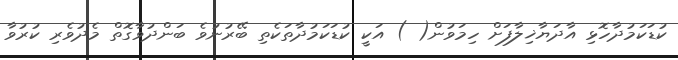
ކުޑަކަމުދާހޮޅި އާދަޔާޚިލާފަށް ހިމަވުން( ) އަކީ ކުޑަކަމުދާތަކެތި ބޭރުނުވެ ބަންދުވާގޮތް މެދުވެރި ކުރުވާ